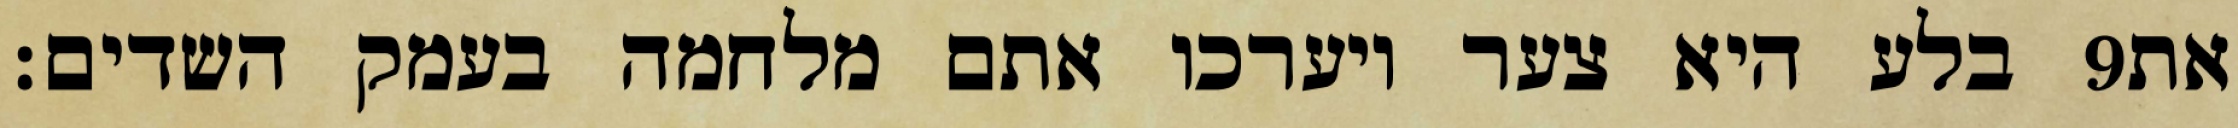
בלע היא צער ויערכו אתם מלחמה בעמק השדים׃ ‎9‏ את